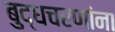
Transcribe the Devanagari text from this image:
बुद्धचरणांना